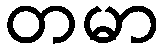
တမာ